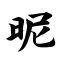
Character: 昵